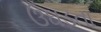
ઉઘડતા